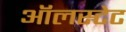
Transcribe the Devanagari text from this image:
ऑलस्टेट